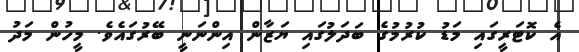
އެ ކޮޓަރީގައި މަޑު ކުރުމުގެ ބަދަލުގައި ޔަޒާން އިންނަނީ ބޭރުގައެވެ. މީހުން މަދު